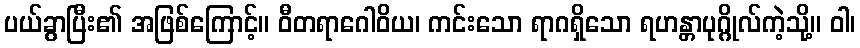
ပယ်ခွာပြီး၏ အဖြစ်ကြောင့်။ ဝီတရာဂေါဝိယ၊ ကင်းသော ရာဂရှိသော ရဟန္တာပုဂ္ဂိုလ်ကဲ့သို့။ ဝါ၊